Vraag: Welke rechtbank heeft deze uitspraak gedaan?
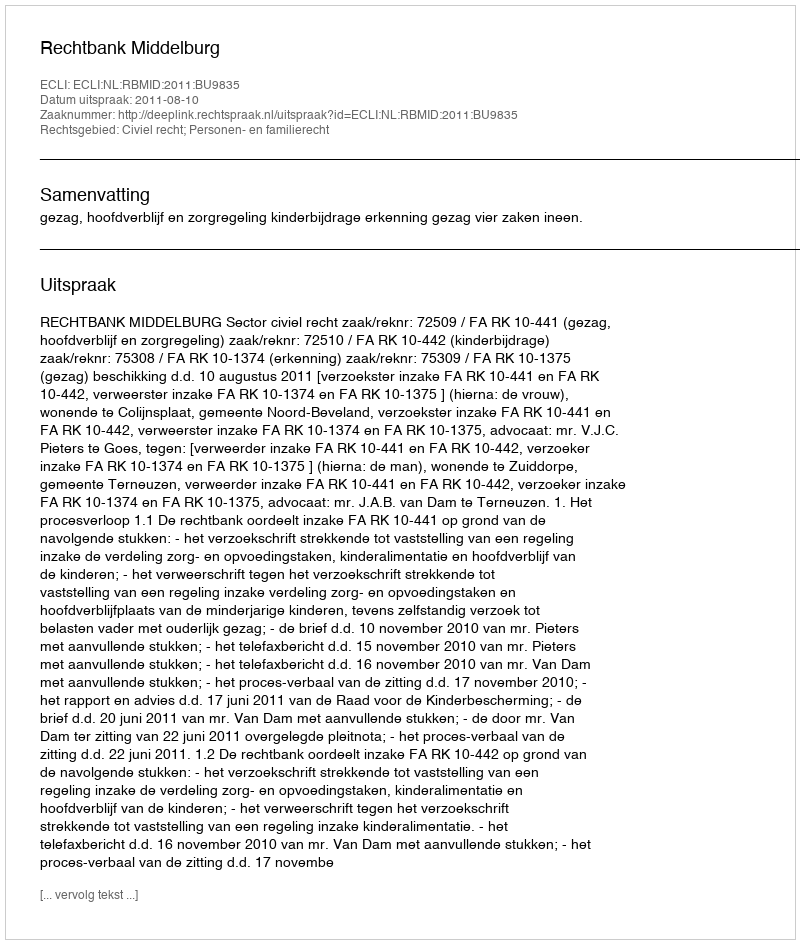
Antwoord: Rechtbank Middelburg